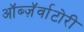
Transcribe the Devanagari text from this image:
ऑब्ज़ॅर्वाटोरी